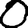
Digit: 0